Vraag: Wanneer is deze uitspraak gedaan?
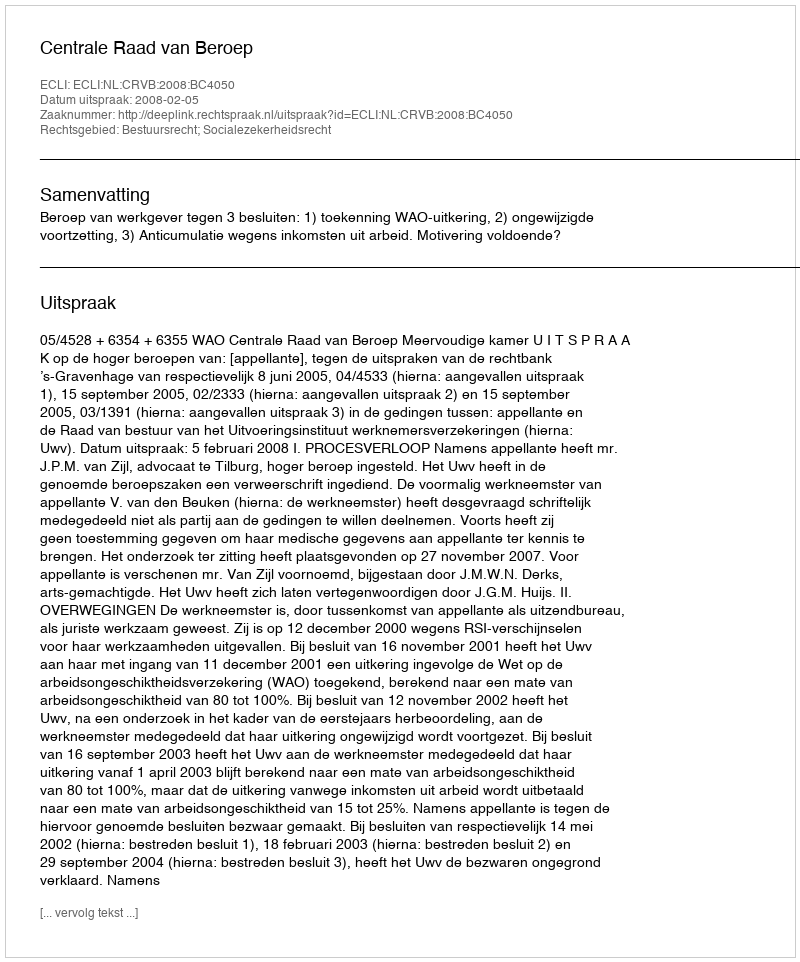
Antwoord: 2008-02-05